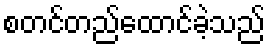
စတင်တည်ထောင်ခဲ့သည်